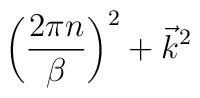
\biggl({2\pi n \over \beta}\biggr)^2 + \vec k^2